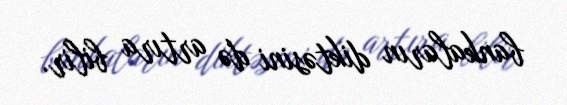
bankaların diktəsini də artıra bilir.